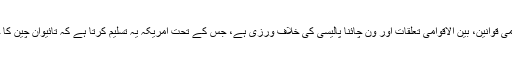
چینی میڈیا کے مطابق وزیرِ خارجہ گنگ شوانگ کہتے ہیں کہ یہ فروخت بین الاقوامی قوانین، بین الاقوامی تعلقات اور ون چائنا پالیسی کی خلاف ورزی ہے، جس کے تحت امریکہ یہ تسلیم کرتا ہے کہ تائیوان چین کا حصہ ہے اور اس کے باقاعدہ تعلقات تائیوان سے نہیں صرف چین سے ہونے چاہئیں۔